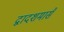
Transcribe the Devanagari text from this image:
द्वादशमासै